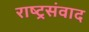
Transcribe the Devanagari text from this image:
राष्ट्रसंवाद